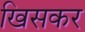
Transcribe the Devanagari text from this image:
खिसकर